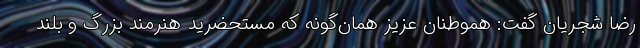
رضا شجریان گفت: هموطنان عزیز همان‌گونه که مستحضرید هنرمند بزرگ و بلند